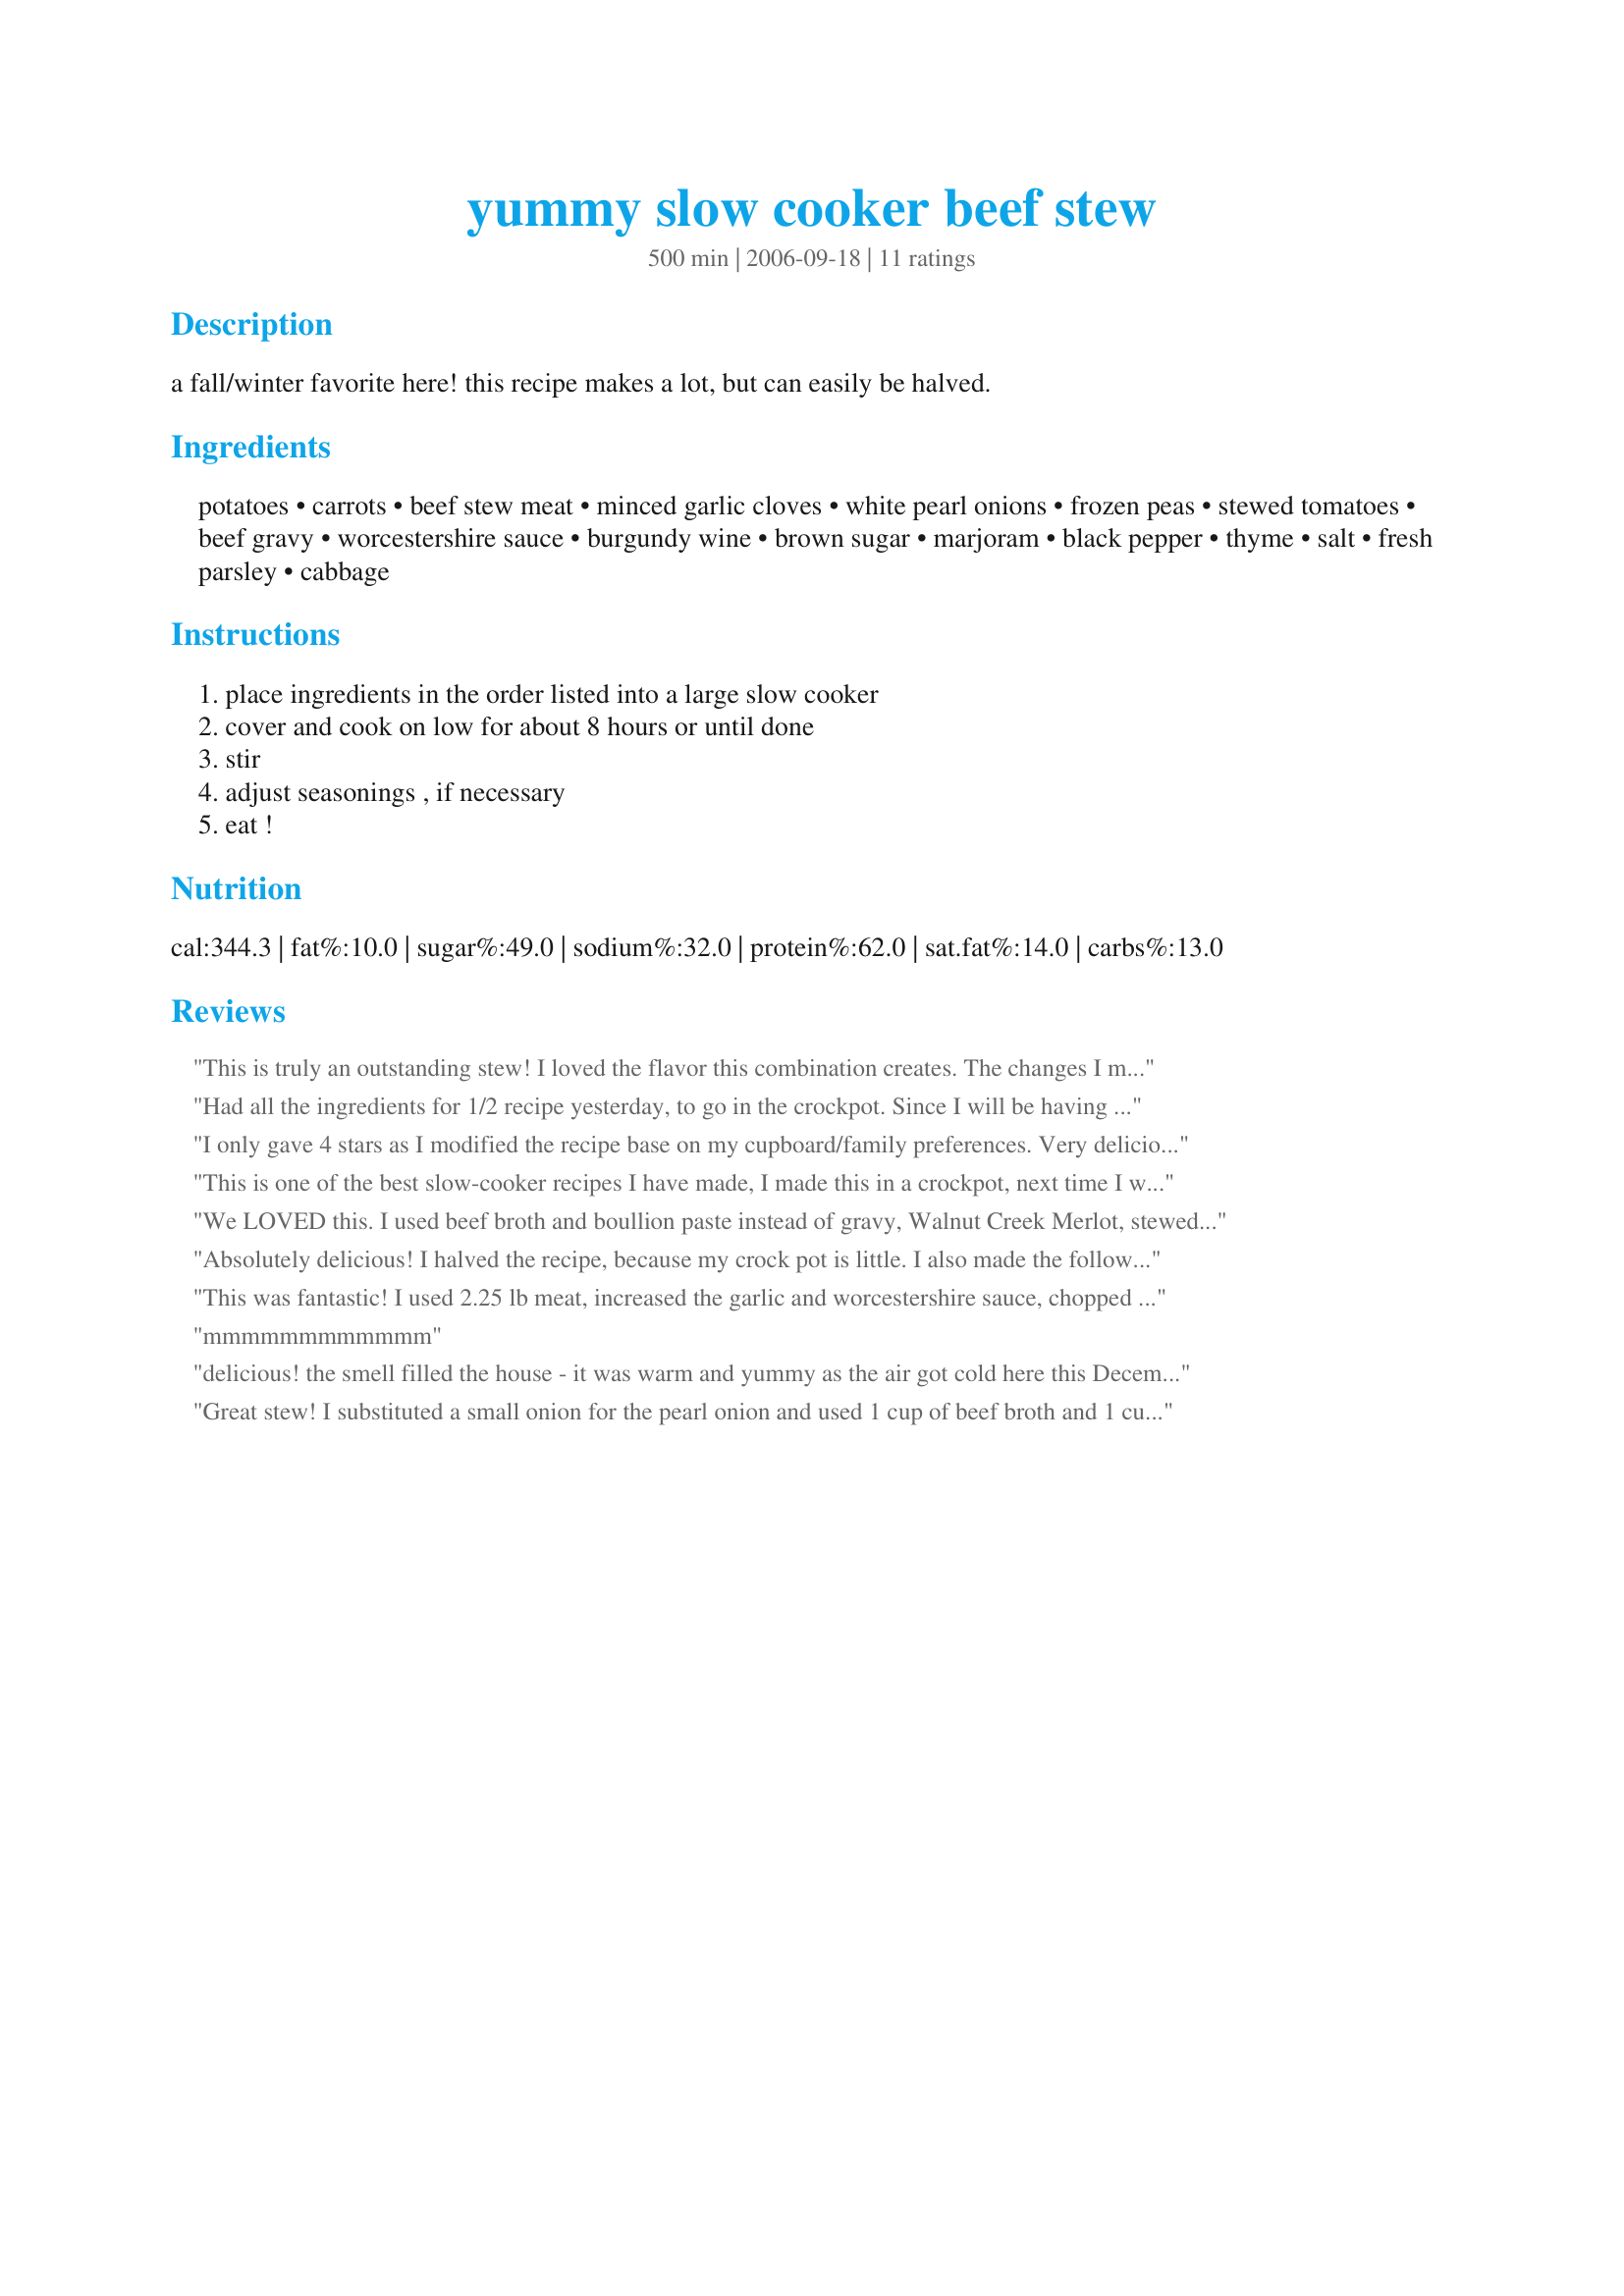
yummy slow cooker beef stew
Preparation time: 500 minutes

a fall/winter favorite here! this recipe makes a lot, but can easily be halved.

Ingredients:
potatoes, carrots, beef stew meat, minced garlic cloves, white pearl onions, frozen peas, stewed tomatoes, beef gravy, worcestershire sauce, burgundy wine, brown sugar, marjoram, black pepper, thyme, salt, fresh parsley, cabbage

Steps:
place ingredients in the order listed into a large slow cooker, cover and cook on low for about 8 hours or until done, stir, adjust seasonings , if necessary, eat !

Reviews:
This is truly an outstanding stew! I loved the flavor this combination creates. The changes I made were adding 3 pounds of stew beef, 16 oz of pearl onions, 1 can of beef broth combined with 3 TBS of beef gravy powder and I used dried parsley instead of fresh. One half hour before serving I mixed 1/3 cup of flour with some water and and stirred it into the stew to create a thicker gravy. I served with some crispy French rolls and our supper was perfect! Thanks so much for a wonderful supper, Parsley!!
Had all the ingredients for 1/2 recipe yesterday, to go in the crockpot. Since I will be having surgery late this week, figured we could have 1 meal and freeze another, for when I didn't feel like cooking. It is a nice, basic beef stew recipe - where you could add almost any favorite ingredient or spice. I used the entire can of gravy and ALL the potatoes, and had a nice saucy stew and plenty left for another meal. There was a slight sweetness, maybe the cabbage or thyme, but it was not intrusive. Thanks for posting, *Parsley*.
Janey
I only gave 4 stars as I modified the recipe base on my cupboard/family preferences. Very delicious- I used cream of mushroom soup (condensed) instead of gravy; no wine on hand; omitted celery and cabbage; added pasta shells last hour of cooking on "high" as it needed thickening and I did not want to use corn starch. A keeper-thanks!
This is one of the best slow-cooker recipes I have made, I made this in a crockpot, next time I will double the recipe and will try it on top of the stove, I increased the wine to 1/2 cup, and also incresed the garlic to about 3 tablespoons, I love the addition of cabbage in this stew, what a great recipe Parsley, thanks for sharing!...Kitten:)
We LOVED this. I used beef broth and boullion paste instead of gravy, Walnut Creek Merlot, stewed and petite diced tomatoes, some Liquid Smoke, and no cabbage. Started it too late to do the slow cooker, so did it on the stove in a dutch oven, This tasted so so good, with just some bacon and potato bread made in the breadmaker and a glass of the merlot to accompany it. This one will become a traditional dish for us, I can tell already! Thanks, Parsley!
Absolutely delicious! I halved the recipe, because my crock pot is little. I also made the following changes, for cost/family allergy reasons: 1 chopped onion instead of pearl onions, omitted peas (daughter allergic), used 2 c. gluten-free beef stock instead of beef gravy, omitted wine, used dried parsley instead of fresh (1 tblsp. for half recipe). I thickened the stew toward the end of cooking with corn starch mixed with cold water (then turned it up to high and let it simmer a bit). Everyone loves this dinner - fabulous!
This was fantastic! I used 2.25 lb meat, increased the garlic and worcestershire sauce, chopped onion and fresh parsley. My crock pot was filled to the brim. I would make this again in a heart beat! Thanks!
mmmmmmmmmmmm
delicious! the smell filled the house - it was warm and yummy as the air got cold here this December. will keep the recipe and make it again.
Great stew! I substituted a small onion for the pearl onion and used 1 cup of beef broth and 1 cup of brown gravy (from mix) instead of the can of gravy. This stew tastes fantastic! And so easy! Thanks for posting the recipe!
This was very tasty. I halved the recipe but used the full amount of gravy and red wine. I added corn starch dissolved in water at the end to thicken it up. Oh yeah, and I left out the cabbage- it was one ingredient that scared my boyfriend. I think I'll add it in next time. :)
